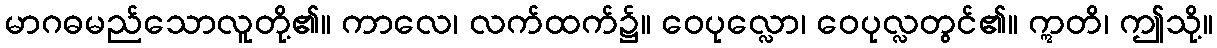
မာဂဓမည်သောလူတို့၏။ ကာလေ၊ လက်ထက်၌။ ဝေပုလ္လော၊ ဝေပုလ္လတွင်၏။ ဣတိ၊ ဤသို့။